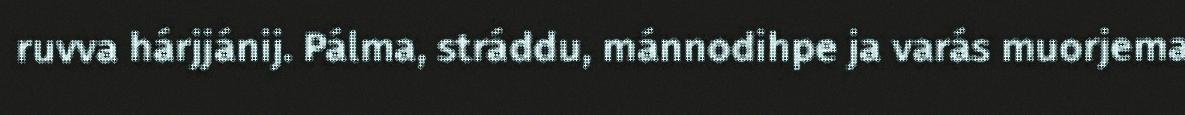
ruvva hárjjánij. Pálma, stráddu, mánnodihpe ja varás muorjema